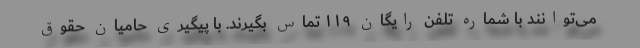
می‌توانند با شماره تلفن رایگان ۱۱۹ تماس بگیرند. با پیگیری حامیان حقوق